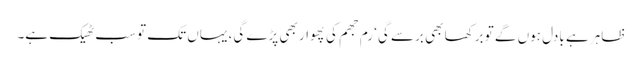
ظاہر ہے بادل ہوں گے تو برکھا بھی برسے گی‘ رم جھم کی پھوار بھی پڑے گی، یہاں تک تو سب ٹھیک ہے۔